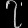
Digit: ၇